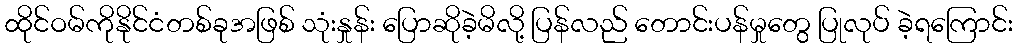
ထိုင်ဝမ်ကိုနိုင်ငံတစ်ခုအဖြစ် သုံးနှုန်း ပြောဆိုခဲ့မိလို့ ပြန်လည် တောင်းပန်မှုတွေ ပြုလုပ် ခဲ့ရကြောင်း